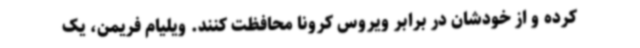
کرده و از خودشان در برابر ویروس کرونا محافظت کنند. ویلیام فریمن، یک